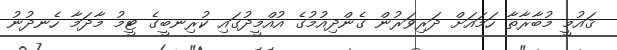
ޤައުމީ މުބާރާތާ ހަމައަށް ދަރިވަރުން ގެންދިއުމުގެ އުއްމީދުގައި ކުރިނބީގެ ޓީމު މާދަމާ ހެނދުނު